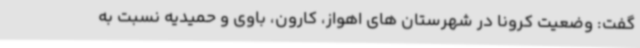
گفت: وضعیت کرونا در شهرستان های اهواز، کارون، باوی و حمیدیه نسبت به